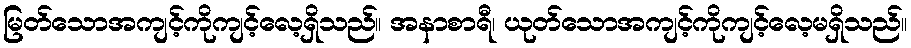
မြတ်သောအကျင့်ကိုကျင့်လေ့ရှိသည်။ အနာစာရီ၊ ယုတ်သောအကျင့်ကိုကျင့်လေ့မရှိသည်။